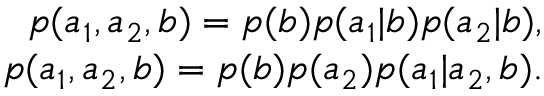
\begin{array} { r } { p ( a _ { 1 } , a _ { 2 } , b ) = p ( b ) p ( a _ { 1 } | b ) p ( a _ { 2 } | b ) , } \\ { p ( a _ { 1 } , a _ { 2 } , b ) = p ( b ) p ( a _ { 2 } ) p ( a _ { 1 } | a _ { 2 } , b ) . } \end{array}